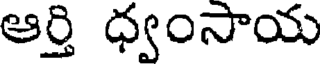
ఆర్తి ధ్వంసాయ